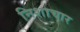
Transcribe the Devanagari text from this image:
निशाचार